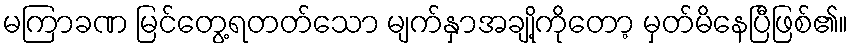
မကြာခဏ မြင်တွေ့ရတတ်သော မျက်နှာအချို့ကိုတော့ မှတ်မိနေပြီဖြစ်၏။